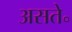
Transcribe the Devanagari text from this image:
असते॰